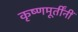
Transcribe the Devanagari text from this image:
कृष्णमूर्तींनीं